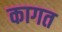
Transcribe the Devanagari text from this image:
कागत